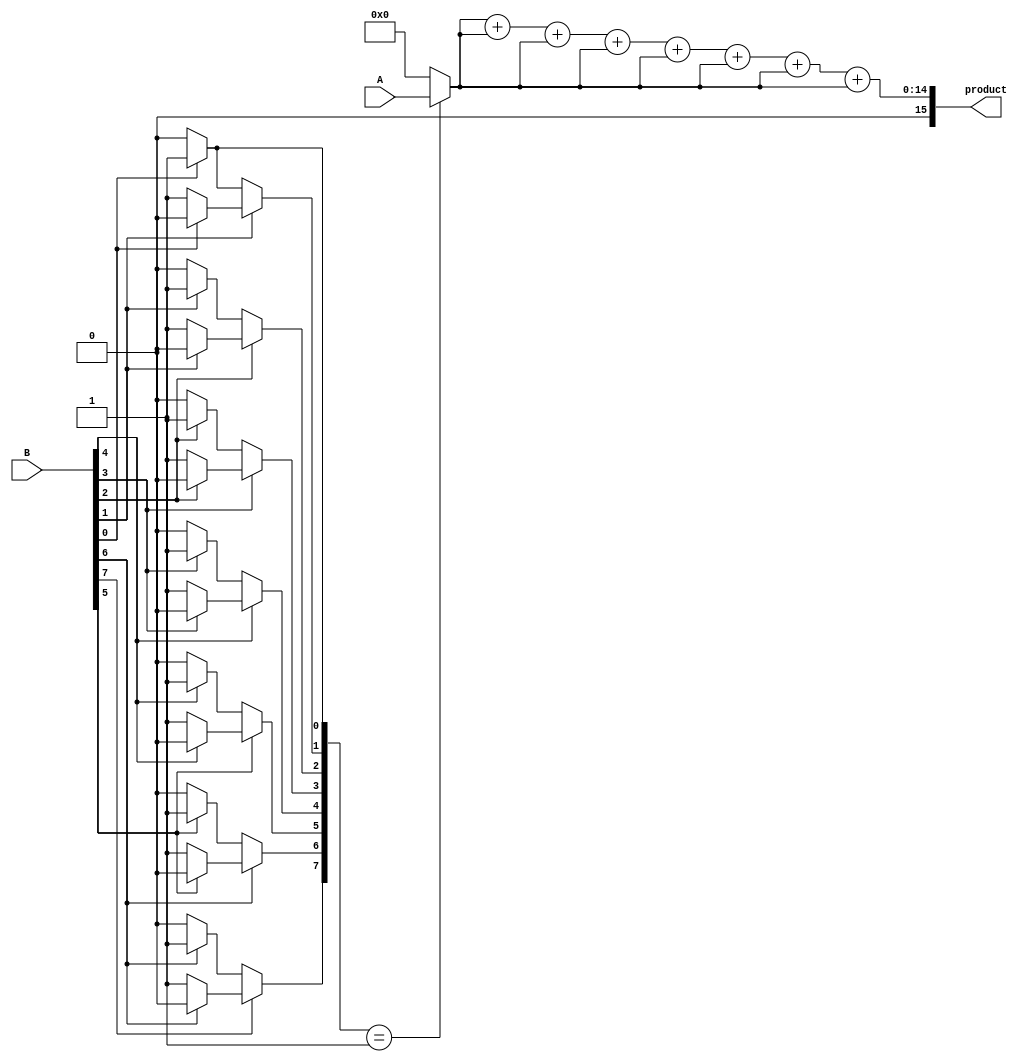
module csd_multiplier #(parameter WIDTH = 8) (
    input  wire [WIDTH-1:0] A,
    input  wire [WIDTH-1:0] B,
    output wire [2*WIDTH-1:0] product
);

    // CSD representation
    reg [WIDTH-1:0] csd_B [0:WIDTH-1];
    reg [WIDTH-1:0] partial_products [0:WIDTH-1];
    wire [2*WIDTH-1:0] sum;

    // CSD Conversion Module
    function [WIDTH-1:0] to_csd(input [WIDTH-1:0] bin);
        integer i;
        reg [WIDTH-1:0] csd;
        begin
            csd = 0;
            for (i = 0; i < WIDTH; i = i + 1) begin
                if (bin[i] == 1) begin
                    if (i > 0 && (bin[i-1] == 1)) begin
                        csd[i] = 0; // Carry from previous bit
                    end else begin
                        csd[i] = 1; // CSD digit +1
                    end
                end else if (i > 0 && (bin[i-1] == 1)) begin
                    csd[i] = -1; // CSD digit -1
                end
            end
            to_csd = csd;
        end
    endfunction

    // Convert B to CSD representation
    integer j;
    always @(*) begin
        for (j = 0; j < WIDTH; j = j + 1) begin
            csd_B[j] = to_csd(B);
        end
    end

    // Partial Product Generation
    always @(*) begin
        for (j = 0; j < WIDTH; j = j + 1) begin
            case (csd_B[j])
                1: partial_products[j] = A;          // +1
                -1: partial_products[j] = ~A + 1;    // -1 (Two's complement)
                0: partial_products[j] = 0;          // 0
                default: partial_products[j] = 0;    // Should not happen
            endcase
        end
    end

    // Partial Product Accumulation using a simple adder
    assign sum = partial_products[0] + partial_products[1] + partial_products[2] + 
                 partial_products[3] + partial_products[4] + partial_products[5] + 
                 partial_products[6] + partial_products[7];

    // Output the final product
    assign product = sum;

endmodule